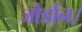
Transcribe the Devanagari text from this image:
जोर्डान।